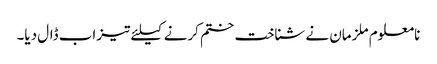
نامعلوم ملزمان نے شناخت ختم کرنے کیلئے تیزاب ڈال دیا۔